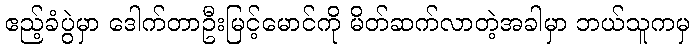
ဧည့်ခံပွဲမှာ ဒေါက်တာဦးမြင့်မောင်ကို မိတ်ဆက်လာတဲ့အခါမှာ ဘယ်သူကမှ